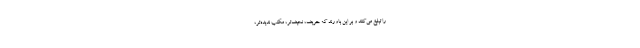
را تبلیغ می‌کنند و بر این باورند که حریف، نحیف‌تر، مکتب ندیده‌تر،